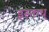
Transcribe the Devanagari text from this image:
इस्नग्ध्